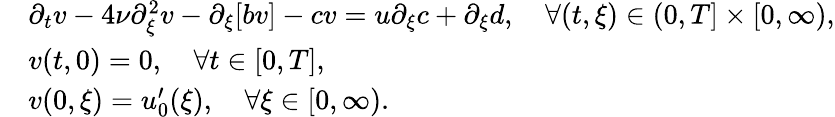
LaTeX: \begin{array}{rl}&{\partial_{t}v-4\nu\partial_{\xi}^{2}v-\partial_{\xi}[bv]-cv=u\partial_{\xi}c+\partial_{\xi}d,\quad\forall(t,\xi)\in(0,T]\times[0,\infty),}\\ &{v(t,0)=0,\quad\forall t\in[0,T],}\\ &{v(0,\xi)=u_{0}^{\prime}(\xi),\quad\forall\xi\in[0,\infty).}\end{array}